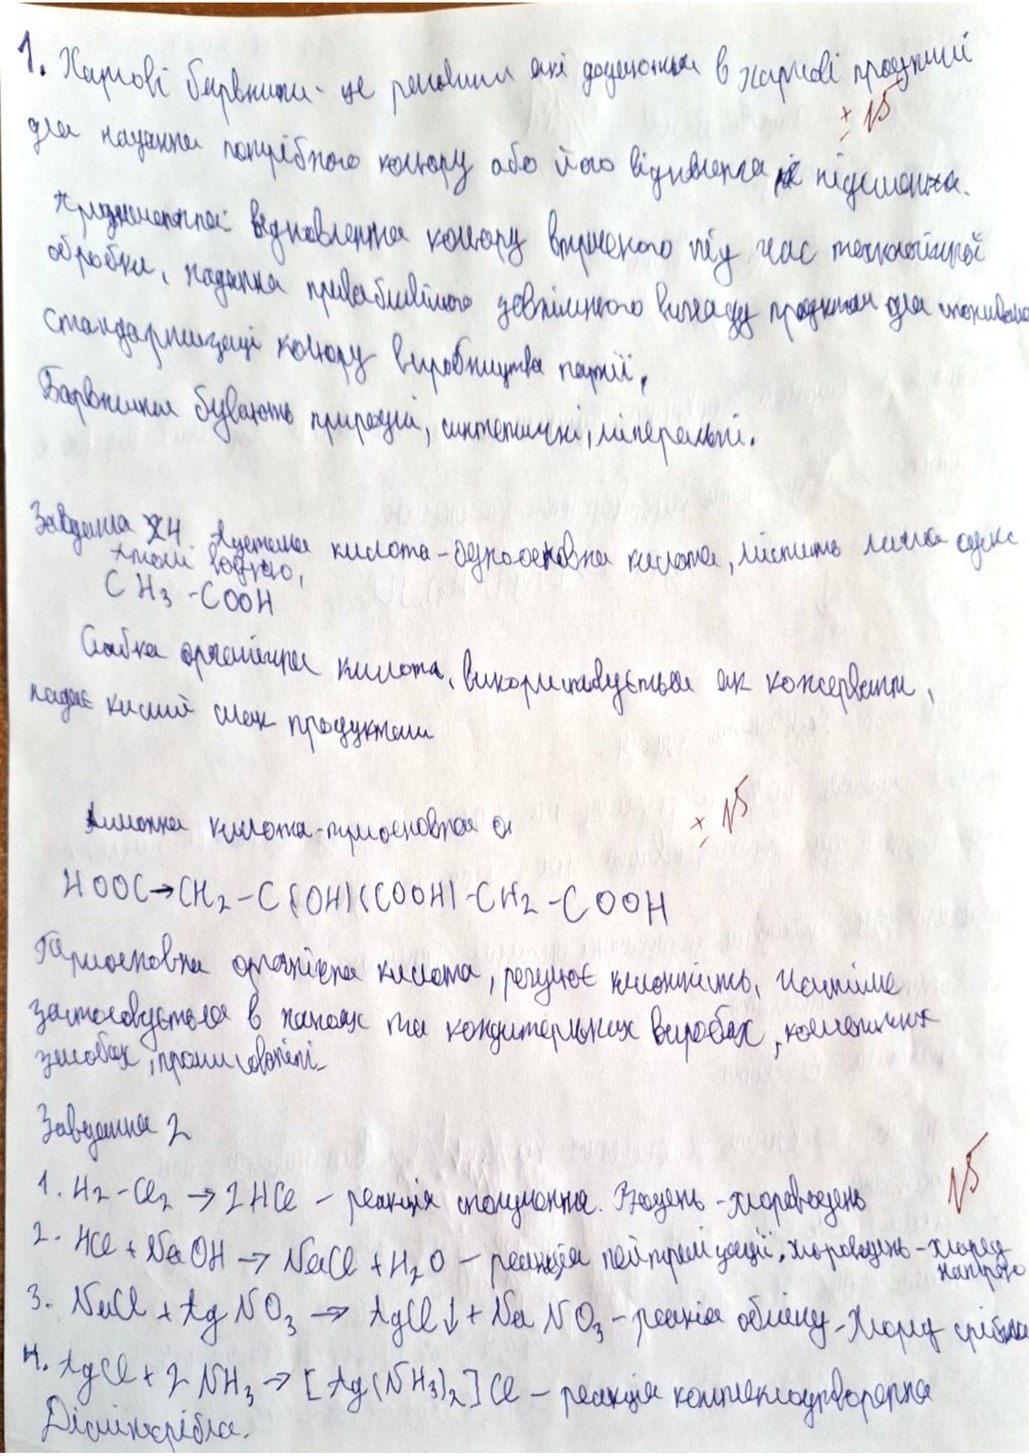
1. Харчові барвники - це речовини які додаються в харчові продукти
для надання потрібного кольору або його відтінку як підсилювача.
призначеної відновлення кольору втраченого під час технологічної
обробки, надання привабливого зовнішнього вигляду продуктам для споживання
стандартизації кольору виробництва партії,
виробництва парій, Барвники бувають природні, синтетичні, мінеральні.
Завдання №4. Оцетна кислота - одноосновна кислота, містить лише один атом водню,
CH3 - COOH
Слабка органічна кислота, використовується як консервант, надає кислий смак продуктам.
[illegible] кислота, надає кислий смак продуктам
+-15
HOOC \to CH_2 - C(OH)(COOH) - CH_2 - COOH
Триосновна органічна кислота, регулює кислотність, поліпшує
застосовується в напоях та кондитерських виробах, косметичних
засобах, проти головні
Заведующая
15
1. H2 + Cl2 -> 2HCl - реакція сполучення. Водень - хлороводень
2. HCl + NaOH -> NaCl + H2O - реакція нейтралізації, хлороводень - хлорид натрію
AgNO3 + NaCl → AgCl↓ + NaNO3 - реакция осажд. - хлорид срібла
4. AgCl + 2NH3 -> [Ag(NH3)2]Cl - реакція комплексоутворення Діскіксрібла.